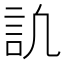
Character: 𧥬